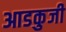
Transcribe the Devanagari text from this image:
आडकुजी